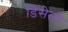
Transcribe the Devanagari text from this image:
डिसेलो